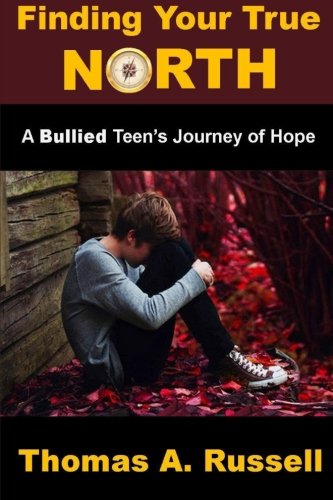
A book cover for Finding Your True North: A Bullied Teen's Journey of Hope; Thomas A. Russell; Teen & Young Adult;